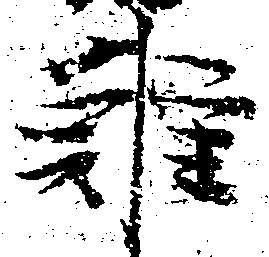
難